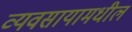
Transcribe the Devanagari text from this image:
व्यवसायामधील